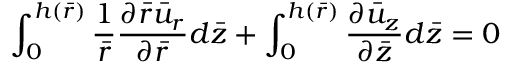
\int _ { 0 } ^ { h ( \bar { r } ) } \frac { 1 } { \bar { r } } \frac { { \partial } \bar { r } { \bar { u } } _ { r } } { \partial { \bar { r } } } d \bar { z } + \int _ { 0 } ^ { h ( \bar { r } ) } \frac { { \partial } { \bar { u } } _ { z } } { { \partial } \bar { z } } d \bar { z } = 0